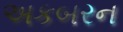
અકબરન